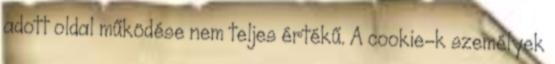
adott oldal működése nem teljes értékű. A cookie-k személyek